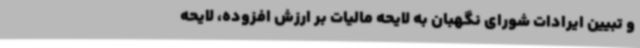
و تبیین ایرادات شورای نگهبان به لایحه مالیات بر ارزش افزوده، لایحه